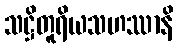
သဋ္ဌိတူရိယသဟဿာနိ